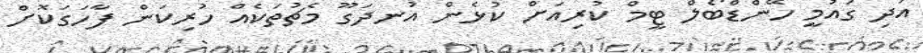
އަދި ގައުމީ ހޭންޑްބޯލް ޓީމް ކުރިއަށް ކުޅެން އުނދަގޫ މެޗުތަކެއް ހުރިކަން ފާހަގަކޮށް